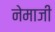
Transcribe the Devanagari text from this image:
नेमाजी